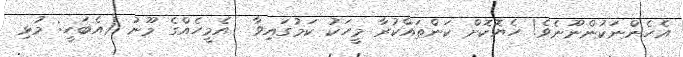
އެހެންނަކުންނޫނެވެ! ހެޔޮކޮށް ކަންތައްކުރާ މީހަކު ކަމުގައިވާ  އެމީހެއްގެ މޫނު (އެބަހީ: މުޅި